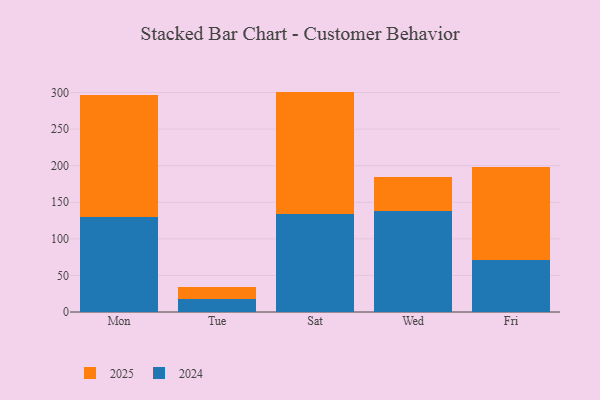
{"axis": {"x": "Day", "y": "Inventory Turnover"}, "legend": ["2024", "2025"], "data": [{"x": "Mon", "y": 167.3, "type": "2025"}, {"x": "Mon", "y": 129.7, "type": "2024"}, {"x": "Tue", "y": 16.1, "type": "2025"}, {"x": "Tue", "y": 17.5, "type": "2024"}, {"x": "Sat", "y": 167.0, "type": "2025"}, {"x": "Sat", "y": 134.3, "type": "2024"}, {"x": "Wed", "y": 46.8, "type": "2025"}, {"x": "Wed", "y": 137.9, "type": "2024"}, {"x": "Fri", "y": 126.4, "type": "2025"}, {"x": "Fri", "y": 71.4, "type": "2024"}]}